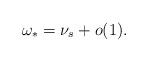
LaTeX: \begin{align*}\omega_*=\nu_s+o(1).\end{align*}